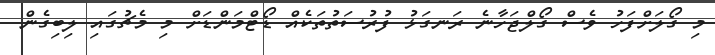
މި ގޯލަށްފަހު ވެސް ގޯލްޖަހާނެ ރަނގަޅު ފުރުސަތުތަކެއް ޑޯޓްމަންޑަށް މި މެޗުގައި ލިބިގެން